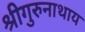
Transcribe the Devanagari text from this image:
श्रीगुरुनाथाय